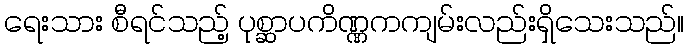
ရေးသား စီရင်သည့် ပုစ္ဆာပကိဏ္ဏကကျမ်းလည်းရှိသေးသည်။